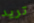
تريد